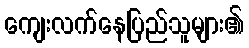
ကျေးလက်နေပြည်သူများ၏